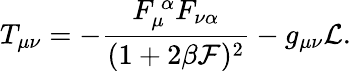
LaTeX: T_{\mu\nu}=-\frac{F_{\mu}^{~\alpha}F_{\nu\alpha}}{(1+2\beta{\cal F})^{2}}-g_{\mu\nu}{\cal L}.